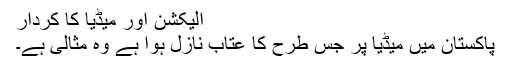
الیکشن اور میڈیا کا کردار
پاکستان میں میڈیا پر جس طرح کا عتاب نازل ہوا ہے وہ مثالی ہے۔